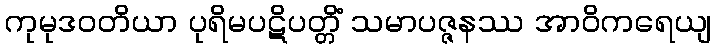
ကုမုဒဝတိယာ ပုရိမပဋိပတ္တိံ သမာပဇ္ဇနဿ အာဝိကရေယျ